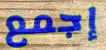
إجمع